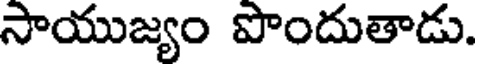
సాయుజ్యం పొందుతాడు.